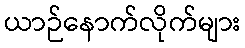
ယာဉ်နောက်လိုက်များ